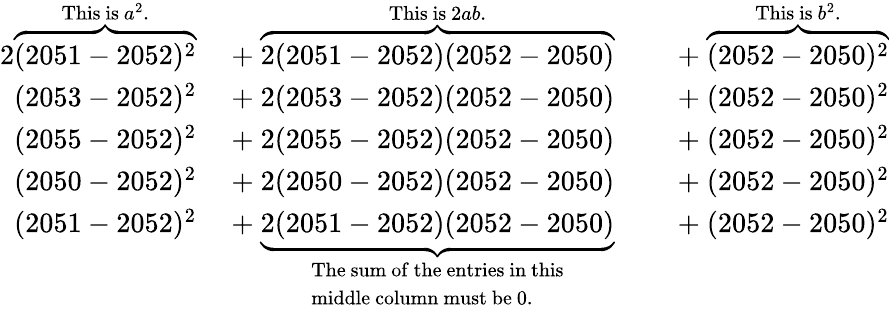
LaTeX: {\begin{array}{rlrl}{{2}\overbrace{(2051-2052)^{2}}^{{\mathrm{This~is~}}a^{2}.}\ }&{+\ \overbrace{2(2051-2052)(2052-2050)}^{{\mathrm{This~is~}}2ab.}\ }&&{+\ \overbrace{(2052-2050)^{2}}^{{\mathrm{This~is~}}b^{2}.}}\\ {(2053-2052)^{2}\ }&{+\ 2(2053-2052)(2052-2050)\ }&&{+\ (2052-2050)^{2}}\\ {(2055-2052)^{2}\ }&{+\ 2(2055-2052)(2052-2050)\ }&&{+\ (2052-2050)^{2}}\\ {(2050-2052)^{2}\ }&{+\ 2(2050-2052)(2052-2050)\ }&&{+\ (2052-2050)^{2}}\\ {(2051-2052)^{2}\ }&{+\ \underbrace{2(2051-2052)(2052-2050)}_{\begin{array}{l}{{\mathrm{The~sum~of~the~entries~in~this}}}\\ {{\mathrm{middle~column~must~be~0.}}}\end{array}}\ }&&{+\ (2052-2050)^{2}}\end{array}}